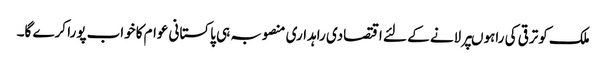
ملک کوترقی کی راہوںپرلانے کے لئے اقتصادی راہداری منصوبہ ہی پاکستانی عوام کاخواب پورا کرے گا۔